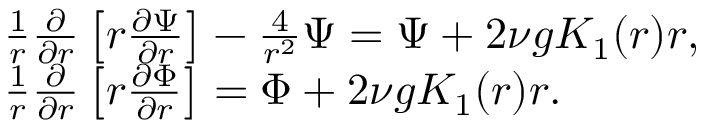
\begin{array} { r l } & { \frac { 1 } { r } \frac { \partial } { \partial r } \left[ r \frac { \partial \Psi } { \partial r } \right] - \frac { 4 } { r ^ { 2 } } \Psi = \Psi + 2 \nu g K _ { 1 } ( r ) r , } \\ & { \frac { 1 } { r } \frac { \partial } { \partial r } \left[ r \frac { \partial \Phi } { \partial r } \right] = \Phi + 2 \nu g K _ { 1 } ( r ) r . } \end{array}